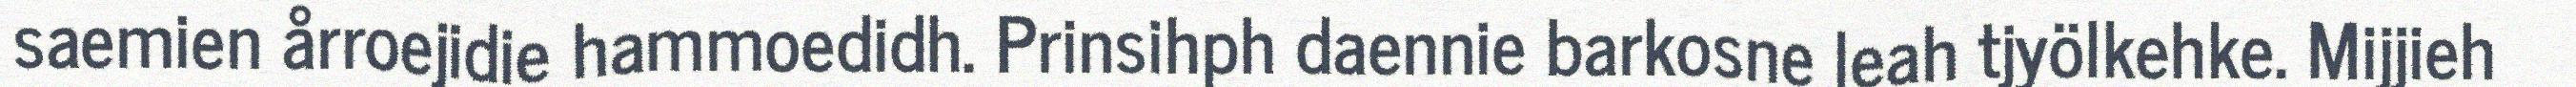
saemien årroejidie hammoedidh. Prinsihph daennie barkosne leah tjyölkehke. Mijjieh